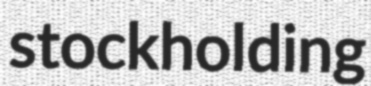
stockholding